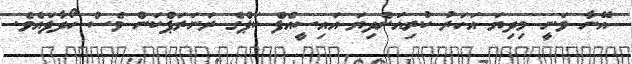
އޭނާ ވަނީ މިދިޔަ އަހަރު ކުރިއަށްދިޔަ އައިސީއެފް ކަޕްގެ ރަނަރަޕްކަން ވެސް ހޯދާފައެވެ.